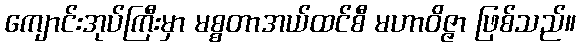
ကျောင်းအုပ်ကြီးမှာ မစ္စတာအယ်ထင်စီ မဟာဝိဇ္ဇာ ဖြစ်သည်။